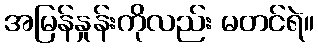
အမြန်နှုန်းကိုလည်း မတင်ရဲ။